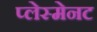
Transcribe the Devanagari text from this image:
प्लेस्मेनट